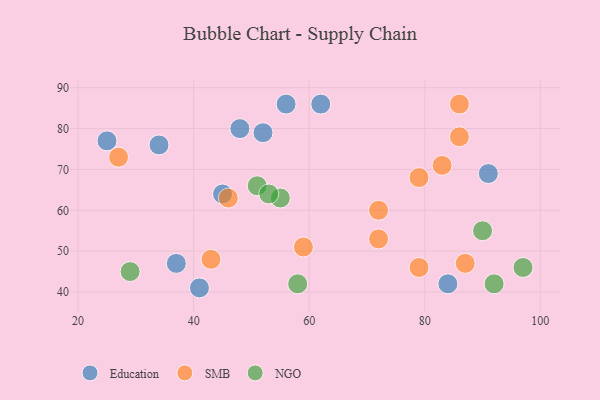
{"axis": {"x": "GDP", "y": "Life Expectancy"}, "legend": ["Education", "NGO", "SMB"], "data": [{"x": "48", "y": 80, "type": "Education"}, {"x": "34", "y": 76, "type": "Education"}, {"x": "56", "y": 86, "type": "Education"}, {"x": "52", "y": 79, "type": "Education"}, {"x": "84", "y": 42, "type": "Education"}, {"x": "25", "y": 77, "type": "Education"}, {"x": "91", "y": 69, "type": "Education"}, {"x": "37", "y": 47, "type": "Education"}, {"x": "62", "y": 86, "type": "Education"}, {"x": "41", "y": 41, "type": "Education"}, {"x": "45", "y": 64, "type": "Education"}, {"x": "79", "y": 68, "type": "SMB"}, {"x": "79", "y": 46, "type": "SMB"}, {"x": "59", "y": 51, "type": "SMB"}, {"x": "72", "y": 53, "type": "SMB"}, {"x": "43", "y": 48, "type": "SMB"}, {"x": "27", "y": 73, "type": "SMB"}, {"x": "72", "y": 60, "type": "SMB"}, {"x": "46", "y": 63, "type": "SMB"}, {"x": "83", "y": 71, "type": "SMB"}, {"x": "87", "y": 47, "type": "SMB"}, {"x": "86", "y": 78, "type": "SMB"}, {"x": "86", "y": 86, "type": "SMB"}, {"x": "51", "y": 66, "type": "NGO"}, {"x": "58", "y": 42, "type": "NGO"}, {"x": "29", "y": 45, "type": "NGO"}, {"x": "97", "y": 46, "type": "NGO"}, {"x": "55", "y": 63, "type": "NGO"}, {"x": "90", "y": 55, "type": "NGO"}, {"x": "92", "y": 42, "type": "NGO"}, {"x": "53", "y": 64, "type": "NGO"}]}